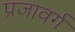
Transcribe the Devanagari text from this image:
प्रजावर्ग